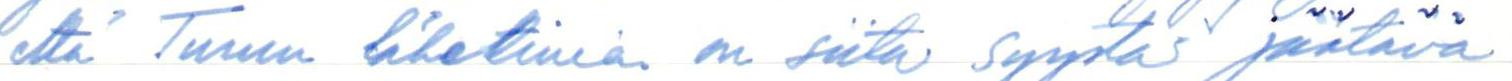
että Turun lähettimiä on siitä syystä jäätävä